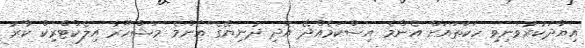
އިޔާދަކުރުވަނިވި ހަކަތައަށް އެންމެ އިސްކަމެއްދޭ އަދި ދުނިޔޭގެ އެންމެ މަޝްހޫރު އިލެކްޓްރިކް ކާރު